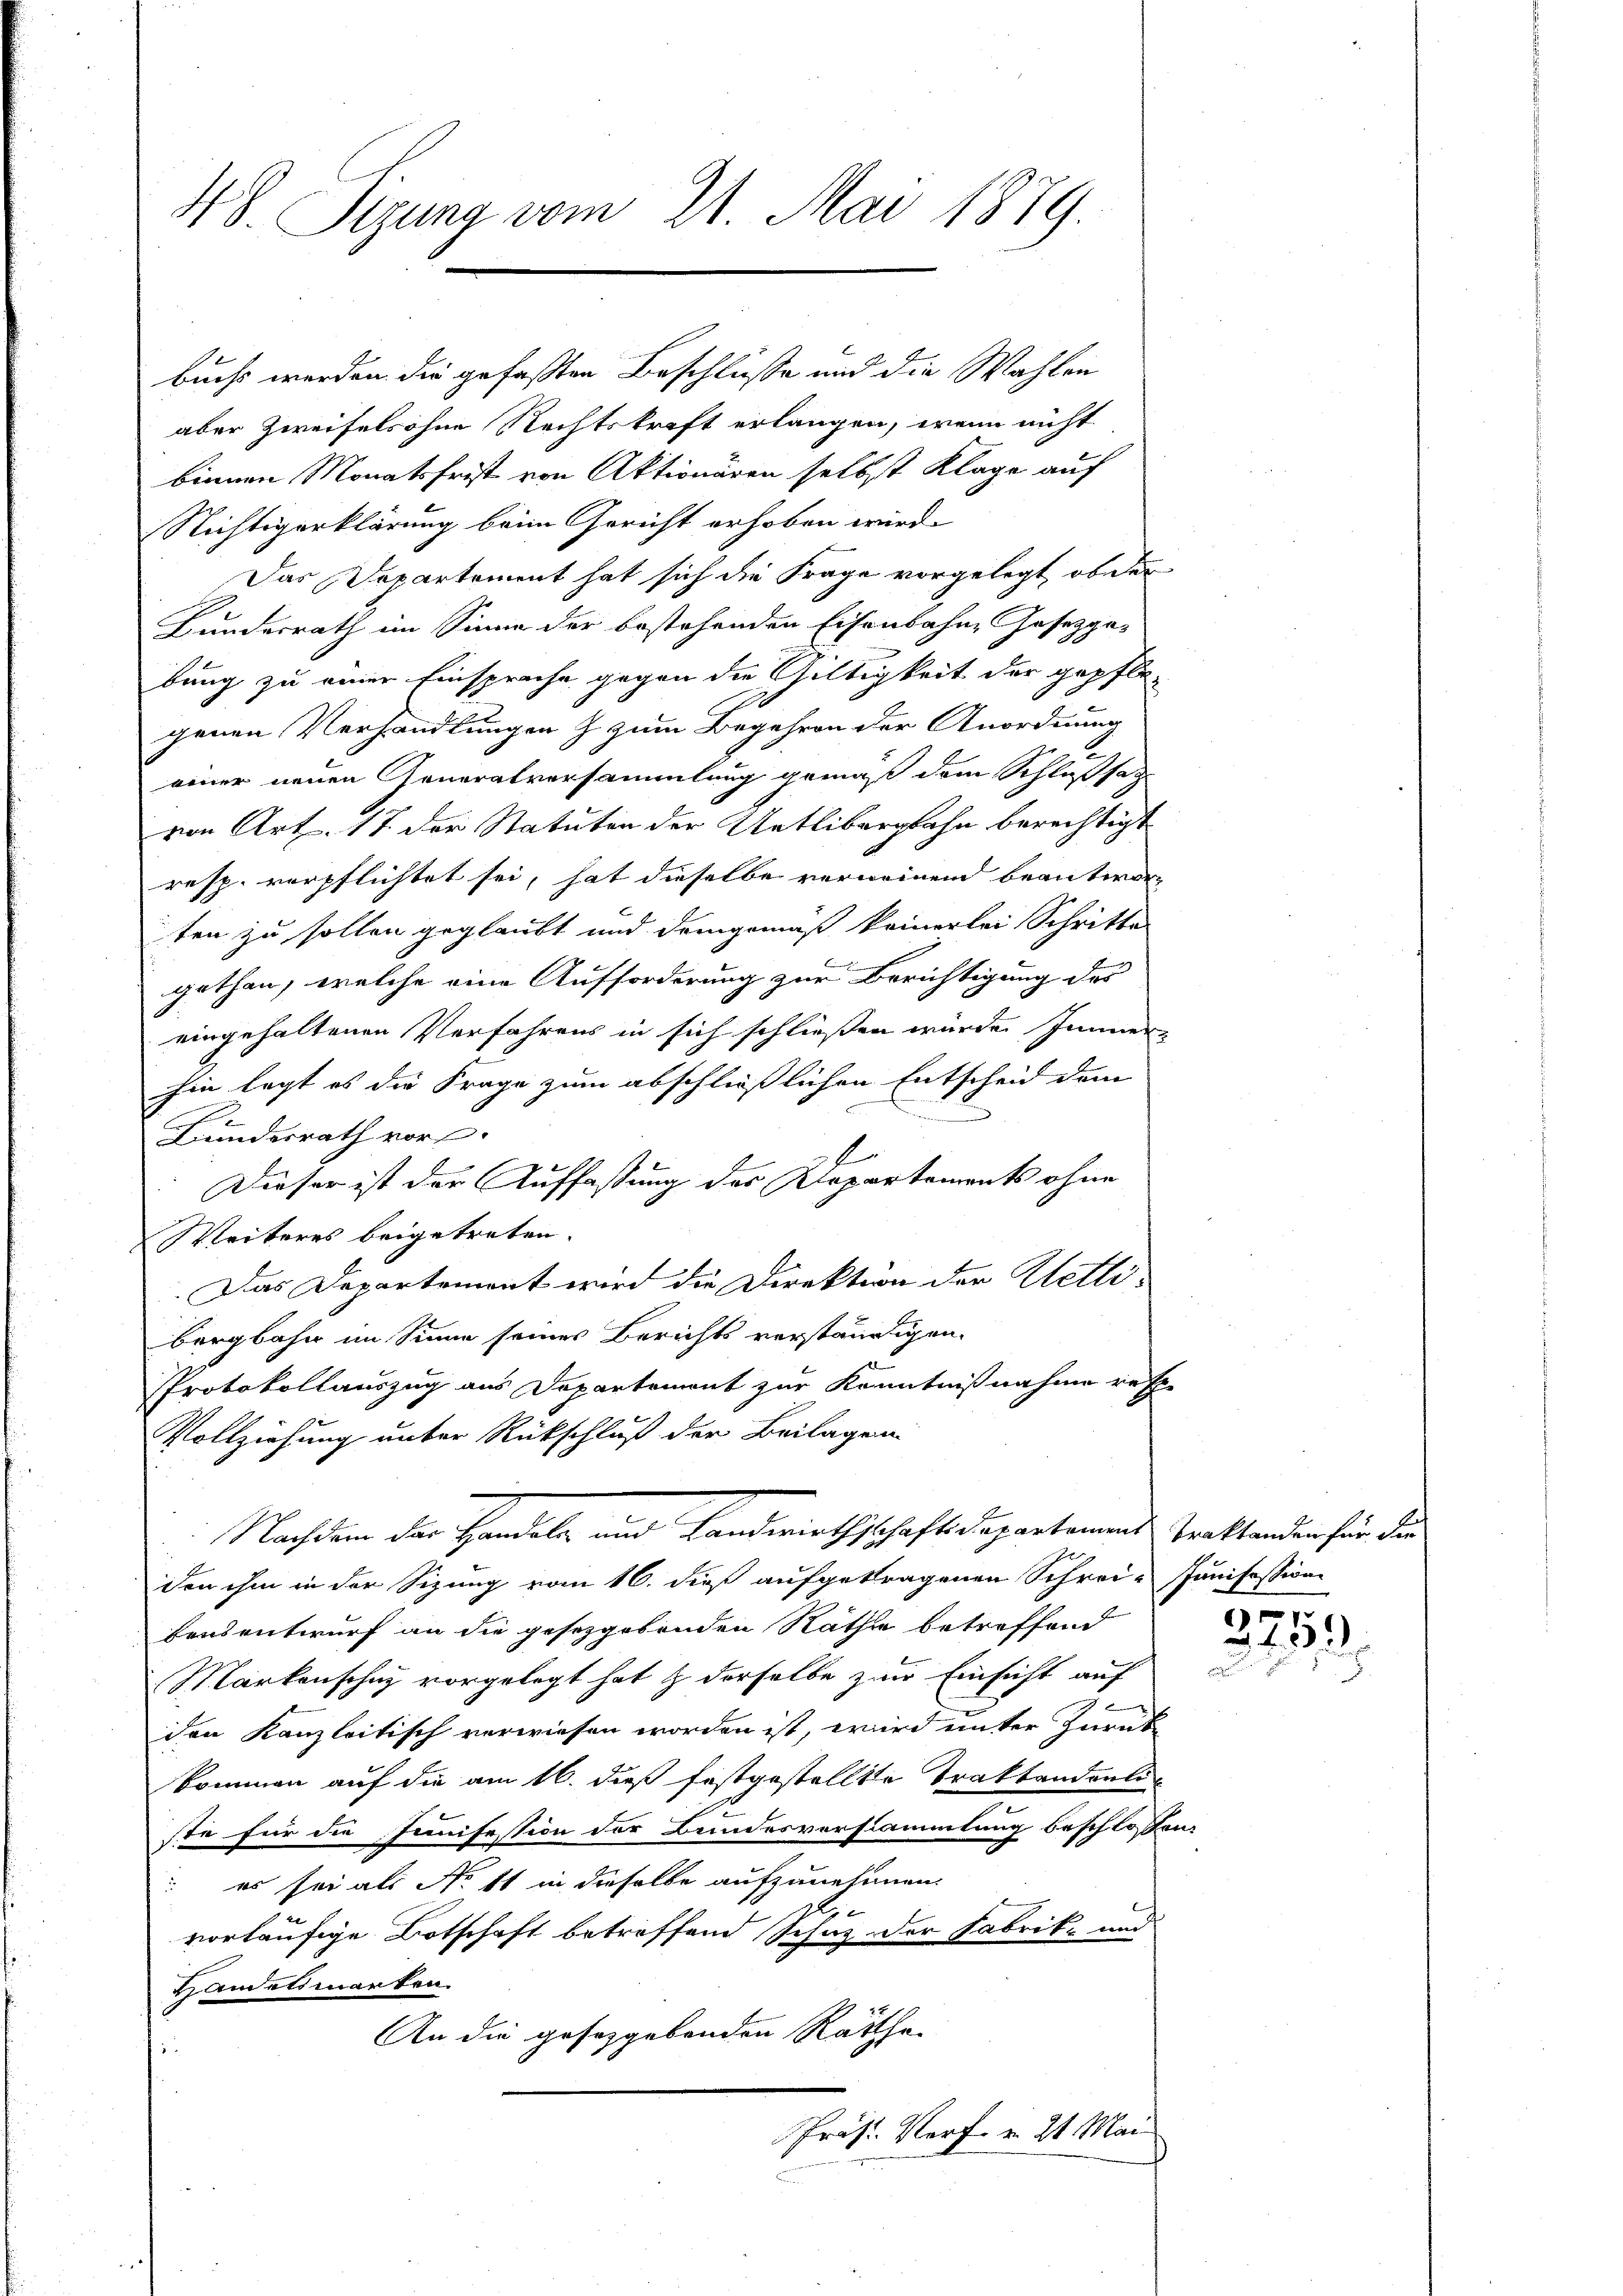
48. Sigung vom 21. Mai 1879.

buchs werden die gefassten Beschlüße und die Wahlen
aber zweifelsohne Rechtskraft erlangen, wenn nicht
binnen Monatsfrist von Aktionären selbst Klage auf
Nichtigerklärung beim Gericht erhoben wird.
Das Departement hat sich die Frage vorgelegt, ob der
Bundesrath im Sinne der bestehenden Eisenbahne Gesetzge-
bung zu einer Einsprache gegen die Gültigkeit der gepflegenen Verhandlungen z zum Begehren der Anordnung
einer neuen Generalversammlung gemäß dem Schlußsat
von Art. 17 der Statuten der Uetlibergbahn berechtigt
resp. verpflichtet sei, hat dieselbe verweinen beantworten zu sollen geglaubt und demgemäß keinerlei Schritte
gethan, welche eine Aufforderung zur Berichtigung des
eingehaltenen Verfahrens in sich schließen wurde Jennern
hin legt es die Frage zum abschließlichen Entscheid dem
2
Bundesrath vor
1
d
Dieser ist der Auffassung des Repartements ohne
Weiteres beigetreten.
Das Departemont wird die Direktion der Wetli-
Bergbahn im Sinne seines Berichts verständigen.
Protokollauszug aus Departement zur Kenntnißnahme ref
Vollziehung unter Rückschluß der Beilagen
Nachdem der Handels und Landwirthschafts Departemens Traktanden für die
den ihm in der Sitzung vom 16. dieß aufgetragenen Schrei- Janifession
fensentwurf an die gesetzgebenden Räthe betreffend
Markenschaz vorgelegt hat & derselbe zur Einsicht auf
.
den Kanzleitisch verwiesen worden ist, wird unter Zurük
kommen auf die am 16. daß festgestellte Traktandenli
ste für die Inifession der Bundesverstammlung beschlossen:
 es sei als No 11 in dieselbe aufzunehmen.
vorläufige Botschaft betreffend Schuz der Fabrik- und
Handelsmarken.
An die gesetzgebenden Räthe
Präs. Korf. v. 21. Mai

e

2432.
c